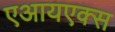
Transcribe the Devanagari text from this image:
एआयएक्स